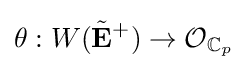
\theta :W({\tilde {\mathbf {E} }}^{+})\to {\mathcal {O}}_{\mathbb {C} _{p}}